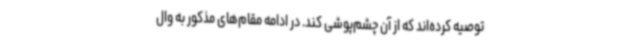
توصیه کرده‌اند که از آن چشم‌پوشی کند. در ادامه مقام‌های مذکور به وال